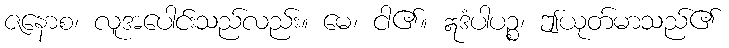
ဇနောစ၊ လူအပေါင်းသည်လည်း။ မေ၊ ငါ၏။ ဣဒံပါပဉ္စ၊ ဤယုတ်မာသည်၏